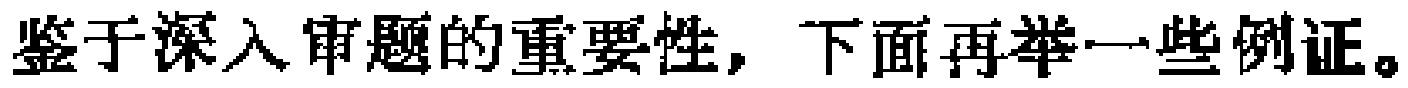
鉴于深入审题的重要性，下面再举一些例证。